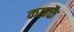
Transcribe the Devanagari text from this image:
काक्कै